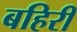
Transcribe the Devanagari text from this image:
बहिरीं